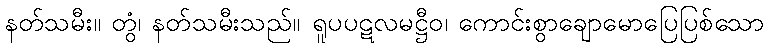
နတ်သမီး။ တွံ၊ နတ်သမီးသည်။ ရူပပဋလမဋ္ဌီဝ၊ ကောင်းစွာချောမောပြေပြစ်သော